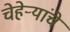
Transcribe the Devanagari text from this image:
चेहेऱ्यांचे